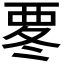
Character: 𮗀